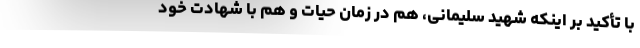
با تأکید بر اینکه شهید سلیمانی، هم در زمان حیات و هم با شهادت خود